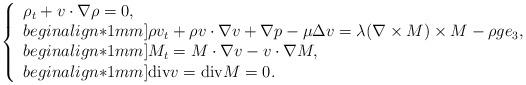
LaTeX: \begin{align*}\left\{\begin{array}{l}\rho_t+v\cdot \nabla \rho=0,\\begin{align*}1mm]\rho v_t+\rho v\cdot\nabla v+\nabla p -\mu\Delta v=\lambda (\nabla \times M)\times M -\rho g e_3,\\begin{align*}1mm]M_t=M\cdot \nabla v-v\cdot\nabla M,\\begin{align*}1mm]\mathrm{div}v=\mathrm{div} {M}=0.\end{array}\right.\end{align*}